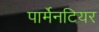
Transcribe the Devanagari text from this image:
पार्मेनटियर